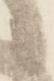
候